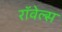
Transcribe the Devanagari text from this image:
रॉवेल्स